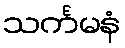
သင်္ကမနံ